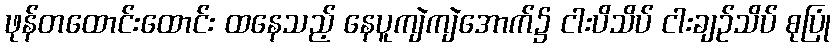
ဖုန်တထောင်းထောင်း ထနေသည့် နေပူကျဲကျဲအောက်၌ ငါးပိသိပ် ငါးချဉ်သိပ် စုပြုံ